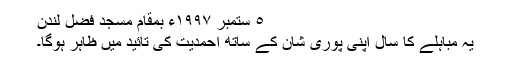
٥ ستمبر ١٩٩٧ء بمقام مسجد فضل لندن
یہ مباہلے کا سال اپنی پوری شان کے ساتھ احمدیت کی تائید میں ظاہر ہوگا۔